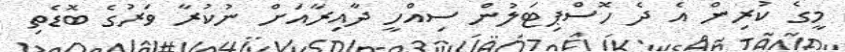
މީގެ ކުރިން އެ ދެ ހޮސްޕިޓަލުން ސިއްހީ ދާއިރާއަށް ނުކުރާ ވަރުގެ ބޮޑެތި